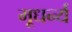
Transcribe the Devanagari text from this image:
मूधर्न्य